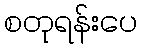
စတုရန်းပေ